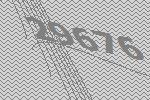
29676